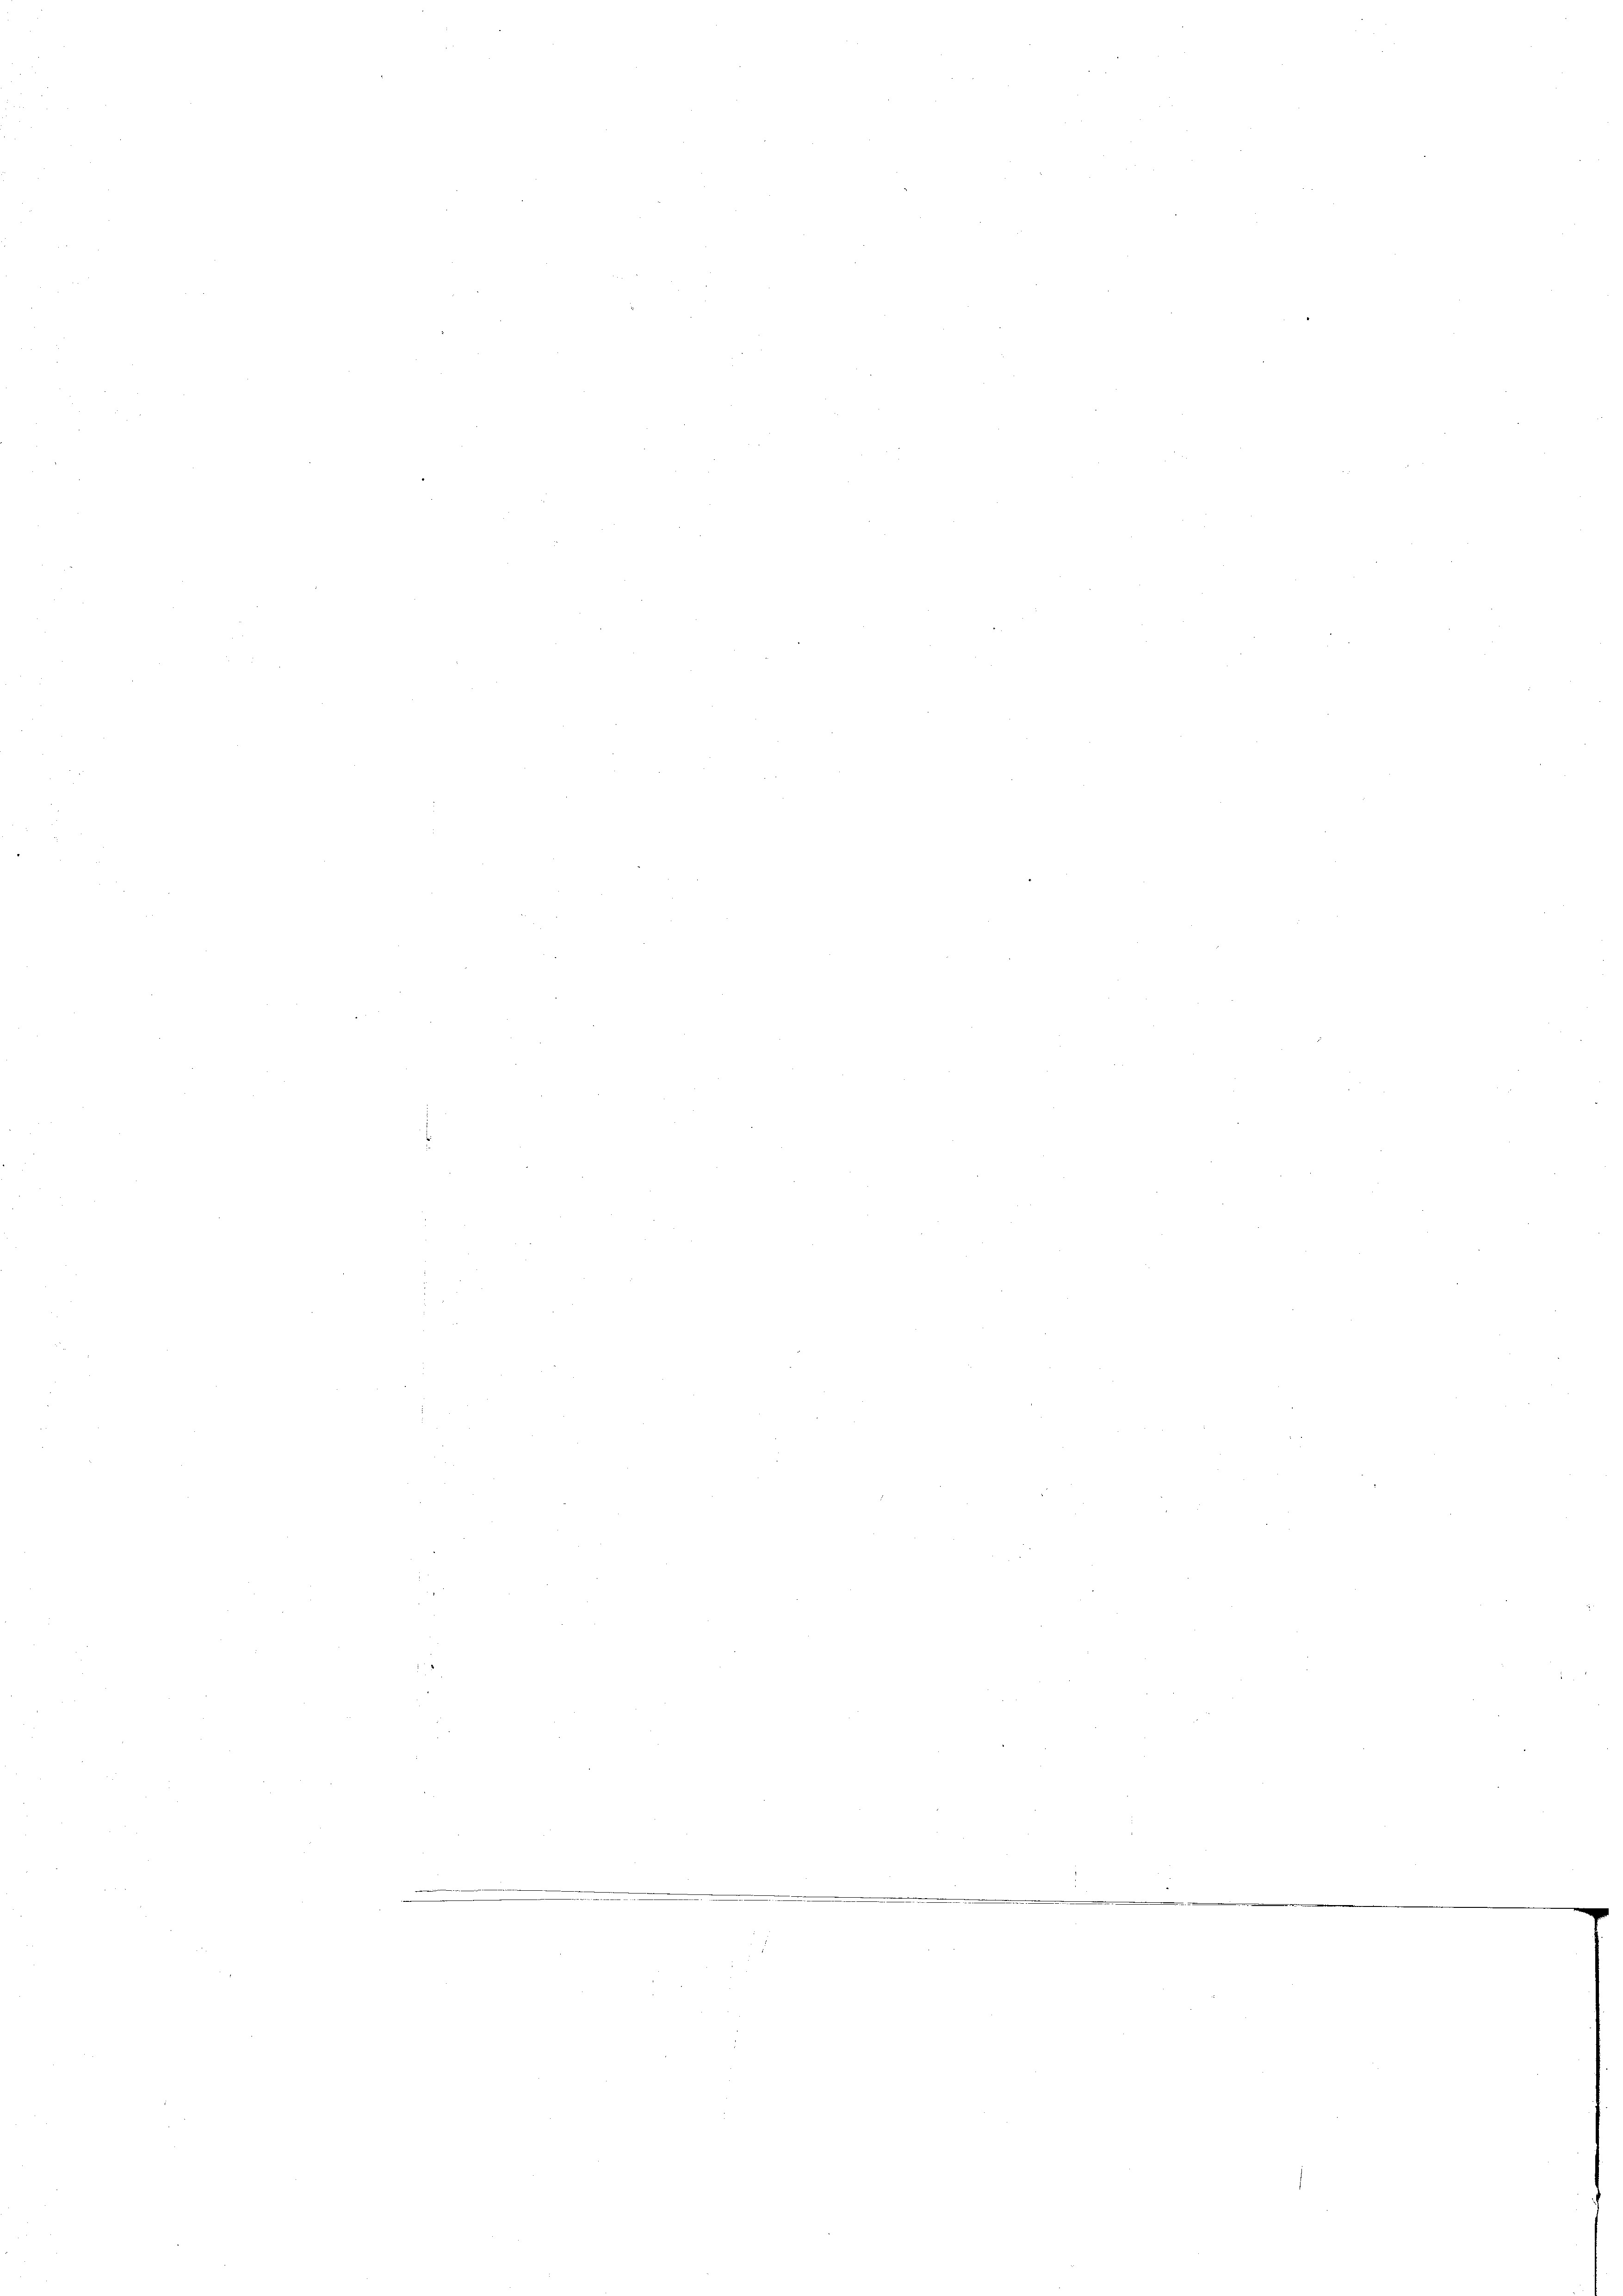
.

ueinand
i
¬